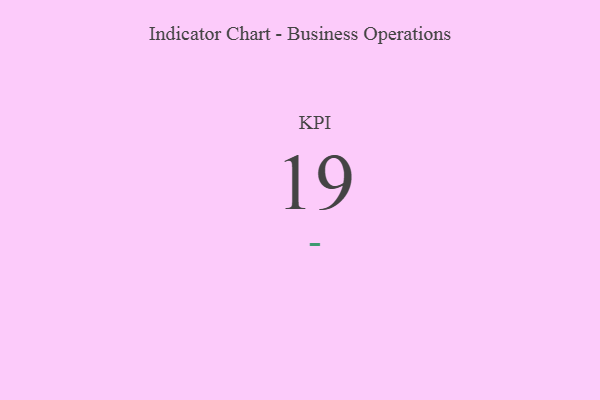
{"axis": {"x": "KPI", "y": "Value"}, "legend": [""], "data": [{"x": "KPI", "y": 19, "type": ""}]}